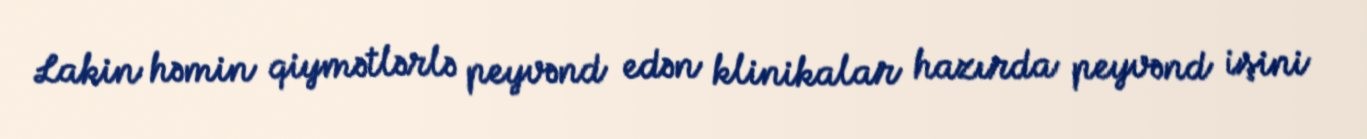
Lakin həmin qiymətlərlə peyvənd edən klinikalar hazırda peyvənd işini